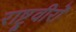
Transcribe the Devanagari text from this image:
राष्ट्रवीरों